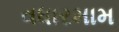
વધારમામ